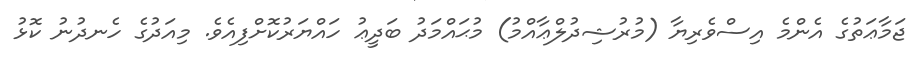
ޖަމާޢަތުގެ އެންމެ އިސްވެރިޔާ (މުރުޝިދުލްޢާއްމު) މުޙައްމަދު ބަދީޢު ހައްޔަރުކޮށްފިއެވެ. މިއަދުގެ ހެނދުނު ކޮޅު